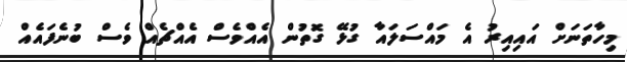
މިހާތަނަށް އައިއިރު އެ މައްސަލައާ ގުޅޭ ގޮތުން އެއްވެސް އެއްޗެއް ވެސް ބުނެފައެއް